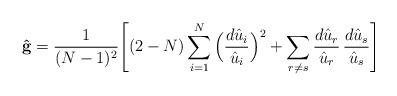
LaTeX: \begin{align*}{\bf {\hat g}} = \frac{1}{(N-1)^2} \Bigg[ (2-N) \sum_{i=1}^N\Big( \frac{d{\hat u}_i}{{\hat u}_i} \Big)^2 + \sum_{r \neq s}\frac{d{\hat u}_r}{{\hat u}_r}\,\frac{d{\hat u}_s}{{\hat u}_s} \Bigg]\end{align*}